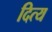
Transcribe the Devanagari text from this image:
दित्य